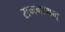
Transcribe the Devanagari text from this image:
रामनाथन्